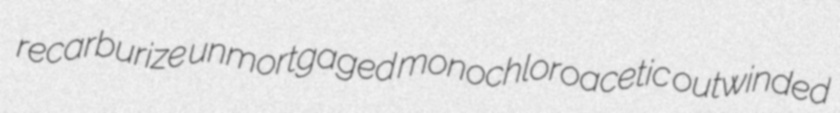
recarburize unmortgaged monochloroacetic outwinded